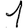
Digit: 1